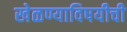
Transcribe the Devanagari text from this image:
खेळण्याविषयीची